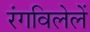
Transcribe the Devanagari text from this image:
रंगविलेलें